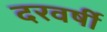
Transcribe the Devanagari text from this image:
दरवर्षी